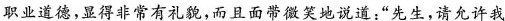
职业道德，显得非常有礼貌，而且面带微笑地说道：“先生，请允许我